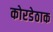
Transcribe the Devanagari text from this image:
कोरडेठाक